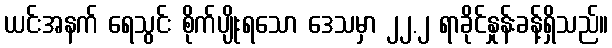
ယင်းအနက် ရေသွင်း စိုက်ပျိုးရသော ဒေသမှာ ၂၂.၂ ရာခိုင်နှုန်းခန့်ရှိသည်။